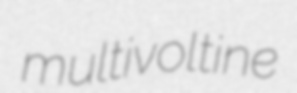
multivoltine